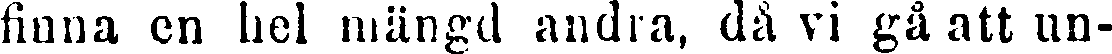
finna en hel mängd andra, då vi gå att un-